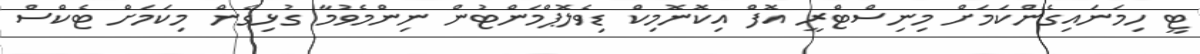
ޓީ ހިމަނައިގެންކަމަށް މިނިސްޓްރީ އޮފް އިކޮނޮމިކް ޑިވެލޮޕްމަންޓުން ނިންމެވުމާ ގުޅިގެން މިކަމަށް ޓެކްސް